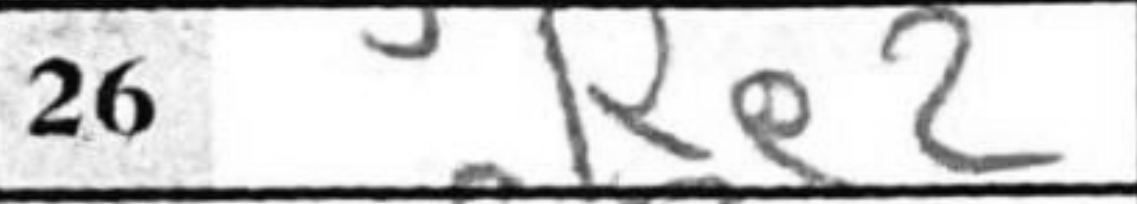
Transcription: Re2